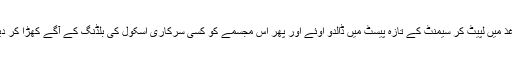
کاغذ میں لپیٹ کر سیمنٹ کے تازہ پیسٹ میں ڈالدو اوئے اور پھر اس مجسمے کو کسی سرکاری اسکول کی بلڈنگ کے آگے کھڑا کر دینا۔